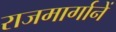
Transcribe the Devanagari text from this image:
राजमार्गानें